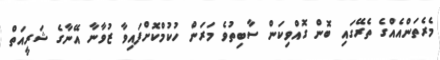
މެރެތަންއެއްގެ ތެރޭގައި ބޮން ގޮއްވިކަން ސާބިތުވެ މަރަން ހުކުމްކޮށްފައިވާ ޒުވާނާ އޭނާގެ ޝަރީއަތް